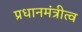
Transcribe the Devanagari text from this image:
प्रधानमंत्रीत्व